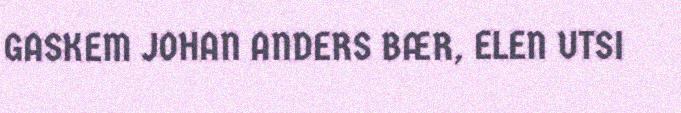
GASKEM JOHAN ANDERS BÆR, ELEN UTSI